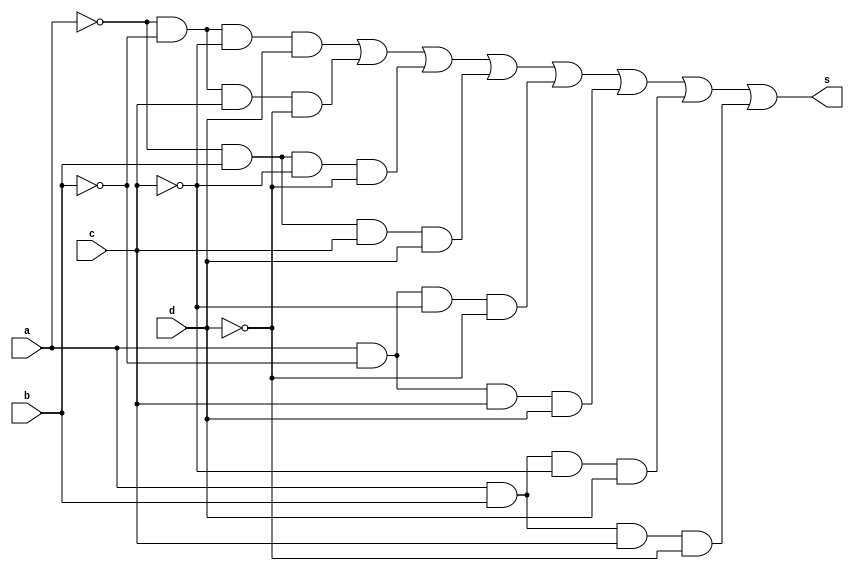
 // -------------------------------
// Prova 01_b 
// Nome: Ludmily Caldeira da Silva
// --------------------------------

module s0 (s, a, b, c, d);

output s;
input a, b, c, d;
wire temp[0:7];

and AND1 (temp[0], ~a, ~b, ~c, d);
and AND2 (temp[1], ~a, ~b, c, ~d);
and AND3 (temp[2], ~a, b, ~c, ~d);
and AND4 (temp[3], ~a, b, c, d);
and AND5 (temp[4], a, ~b, ~c, ~d);
and AND6 (temp[5], a, ~b, c, d);
and AND7 (temp[6], a, b, ~c, d);
and AND8 (temp[7], a, b, c, ~d);
or OR1 (s, temp[0], temp[1], temp[2], temp[3], temp[4], temp[5], temp[6], temp[7]);

endmodule //

module tests0;  

wire s;
reg a, b, c, d;

s0 s0 (s, a, b, c, d);

 initial begin
      $display("\Prova 01_b - Ludmily Caldeira da Silva - 417290\n");
      $display("TESTE\n");
      $display("\na   b   c    d    s0\n");
      $monitor("%b   %b   %b    %b    %b", a, b, c, d, s);
		
		  a=0; b=0; c=0; d=0;
    #1  a=0; b=0; c=0; d=1;
    #1  a=0; b=0; c=1; d=0;
    #1  a=0; b=0; c=1; d=1;
	 #1  a=0; b=1; c=0; d=0;
    #1  a=0; b=1; c=0; d=1;
    #1  a=0; b=1; c=1; d=0;
    #1  a=0; b=1; c=1; d=1;
    #1  a=1; b=0; c=0; d=0;
    #1  a=1; b=0; c=0; d=1;
    #1  a=1; b=0; c=1; d=0;
	 #1  a=1; b=0; c=1; d=1;
    #1  a=1; b=1; c=0; d=0;
    #1  a=1; b=1; c=0; d=1;
    #1  a=1; b=1; c=1; d=0;
    #1  a=1; b=1; c=1; d=1;  
	    		  
    end
 
endmodule //

/*

RESULTADOS OBTIDOS

    Prova 01_b - Ludmily Caldeira da Silva - 417290
    
    TESTE
    
    
    a   b   c    d    s0
    
    0   0   0    0    0
    0   0   0    1    1
    0   0   1    0    1
    0   0   1    1    0
    0   1   0    0    1
    0   1   0    1    0
    0   1   1    0    0
    0   1   1    1    1
    1   0   0    0    1
    1   0   0    1    0
    1   0   1    0    0
    1   0   1    1    1
    1   1   0    0    0
    1   1   0    1    1
    1   1   1    0    1
    1   1   1    1    0
*/